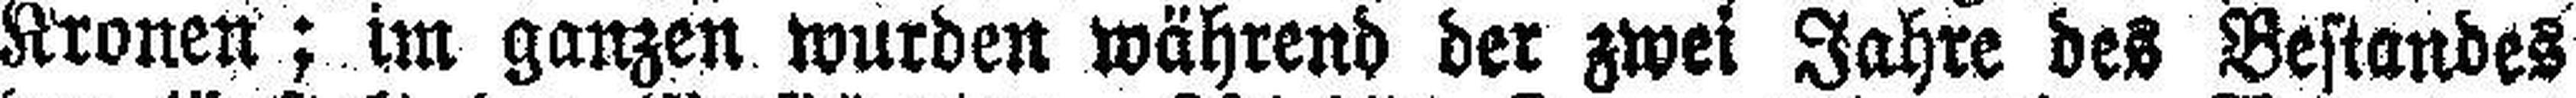
Kronen; im ganzen wurden während der zwei Jahre des Bestandes